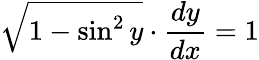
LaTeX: {\sqrt{1-\sin^{2}y}}\cdot{\frac{dy}{dx}}=1